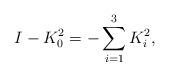
LaTeX: \begin{align*} I-K_0^2=-\sum_{i=1}^3{K_i^2}, \end{align*}